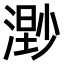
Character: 𣻾